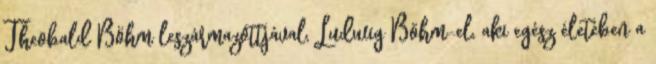
Theobald Böhm leszármazottjával, Ludwig Böhm-el, aki egész életében a